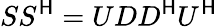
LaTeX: SS^{\mathsf{H}}=UDD^{\mathsf{H}}U^{\mathsf{H}}